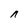
Character: n